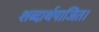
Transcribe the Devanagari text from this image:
शब्दार्थपाजित।